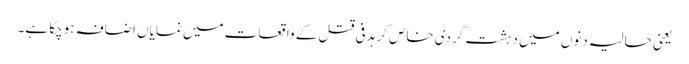
یعنی حالیہ دنوں میں دہشت گردی خاص کر ہدفی قتل کے واقعات میں نمایاں اضافہ ہوچکا ہے۔